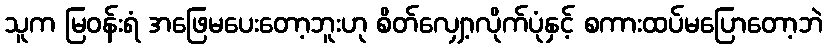
သူက မြဝန်းရံ အဖြေမပေးတော့ဘူးဟု စိတ်လျှော့လိုက်ပုံနှင့် စကားထပ်မပြောတော့ဘဲ